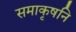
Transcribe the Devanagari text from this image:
समाकृषनि